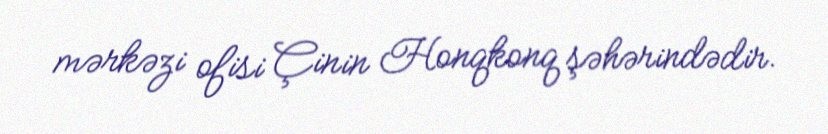
mərkəzi ofisi Çinin Honqkonq şəhərindədir.